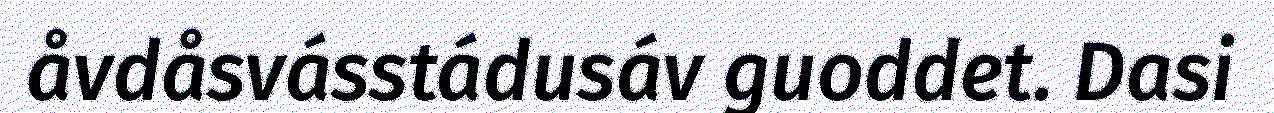
åvdåsvásstádusáv guoddet. Dasi